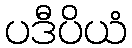
ပဒီပိယံ